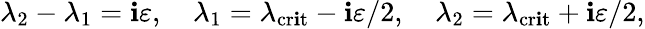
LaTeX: \lambda_{2}-\lambda_{1}=\mathbf{i}\varepsilon,\quad\lambda_{1}=\lambda_{\mathrm{{cr\mathbf{i}t}}}-\mathbf{i}\varepsilon/2,\quad\lambda_{2}=\lambda_{\mathrm{{cr\mathbf{i}t}}}+\mathbf{i}\varepsilon/2,